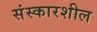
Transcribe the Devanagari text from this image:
संस्कारशील